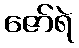
ဇော်ရဲ